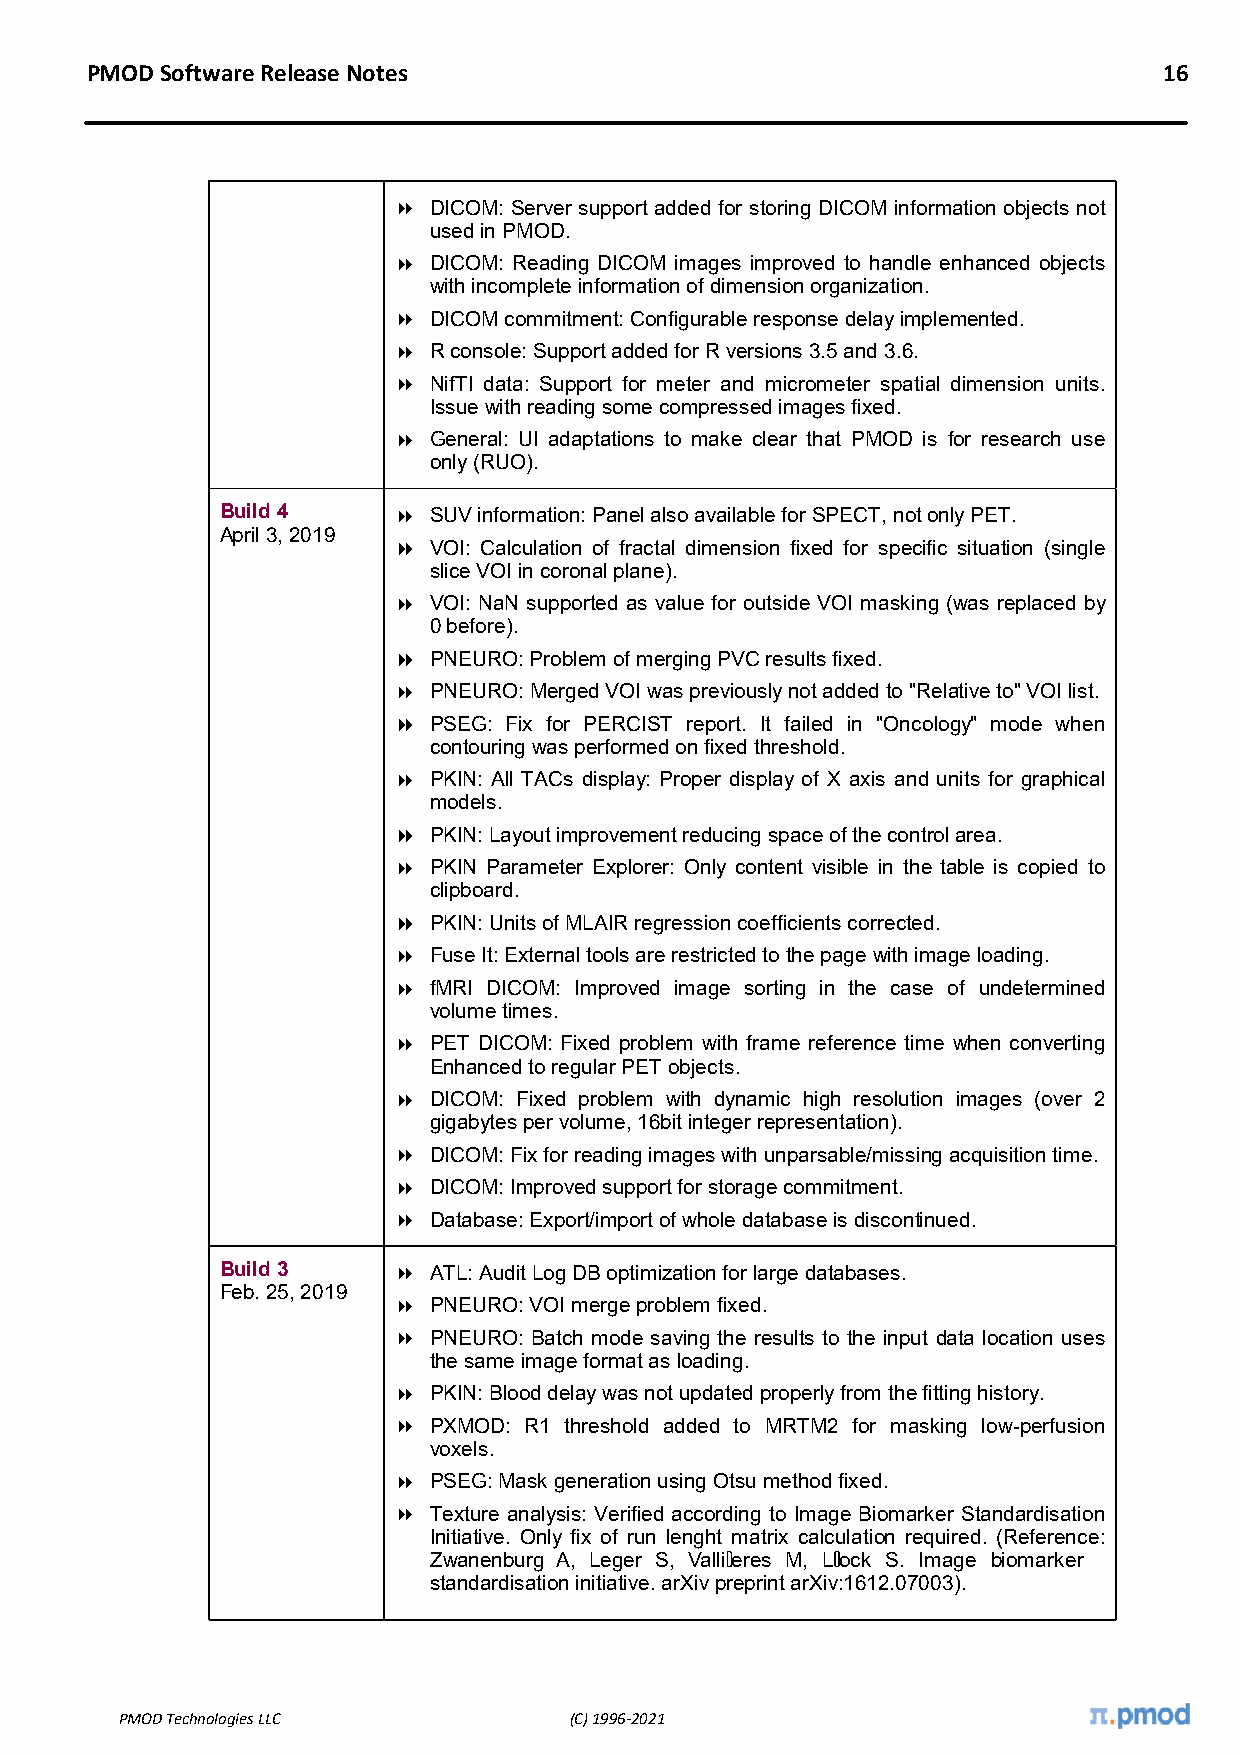
PMOD Software Release Notes                                            16
  DICOM: Server support added for storing DICOM information objects not
 used in PMOD.
  DICOM: Reading DICOM images improved to handle enhanced objects
 with incomplete information of dimension organization.
  DICOM commitment: Configurable response delay implemented.
  R console: Support added for R versions 3.5 and 3.6.
  NifTI data: Support for meter and micrometer spatial dimension units.
 Issue with reading some compressed images fixed.
  General: UI adaptations to make clear that PMOD is for research use
 only (RUO).
 Build 4     SUV information: Panel also available for SPECT, not only PET.
 April 3, 2019
  VOI: Calculation of fractal dimension fixed for specific situation (single
 slice VOI in coronal plane).
  VOI: NaN supported as value for outside VOI masking (was replaced by
 0 before).
  PNEURO: Problem of merging PVC results fixed.
  PNEURO: Merged VOI was previously not added to "Relative to" VOI list.
  PSEG: Fix for PERCIST report. It failed in "Oncology" mode when
 contouring was performed on fixed threshold.
  PKIN: All TACs display: Proper display of X axis and units for graphical
 models.
  PKIN: Layout improvement reducing space of the control area.
  PKIN Parameter Explorer: Only content visible in the table is copied to
 clipboard.
  PKIN: Units of MLAIR regression coefficients corrected.
  Fuse It: External tools are restricted to the page with image loading.
  fMRI DICOM: Improved image sorting in the case of undetermined
 volume times.
  PET DICOM: Fixed problem with frame reference time when converting
 Enhanced to regular PET objects.
  DICOM: Fixed problem with dynamic high resolution images (over 2
 gigabytes per volume, 16bit integer representation).
  DICOM: Fix for reading images with unparsable/missing acquisition time.
  DICOM: Improved support for storage commitment.
  Database: Export/import of whole database is discontinued.
 Build 3     ATL: Audit Log DB optimization for large databases.
 Feb. 25, 2019
  PNEURO: VOI merge problem fixed.
  PNEURO: Batch mode saving the results to the input data location uses
 the same image format as loading.
  PKIN: Blood delay was not updated properly from the fitting history.
  PXMOD: R1 threshold added to MRTM2 for masking low-perfusion
 voxels.
  PSEG: Mask generation using Otsu method fixed.
  Texture analysis: Verified according to Image Biomarker Standardisation
 Initiative. Only fix of run lenght matrix calculation required. (Reference:
 Zwanenburg A, Leger S, Valli eres M, L ock S. Image biomarker
 standardisation initiative. arXiv preprint arXiv:1612.07003).
 PMOD Technologies LLC         (C) 1996-2021